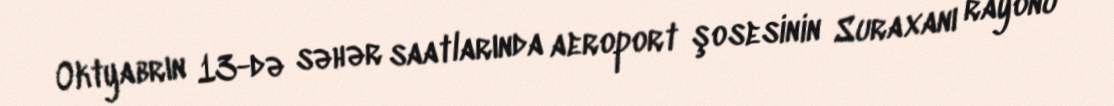
Oktyabrın 13-də səhər saatlarında aeroport şosesinin Suraxanı rayonu